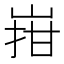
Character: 㟛